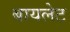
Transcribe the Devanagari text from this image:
बायलेट